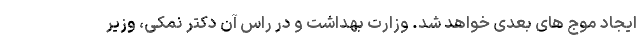
ایجاد موج های بعدی خواهد شد. وزارت بهداشت و در راس آن دکتر نمکی، وزیر